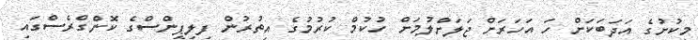
މިކުށުގެ އަދަބަކަށް ހަ އަހަރަށް ޖަލަށްލުމަށް ހުކުމް ކުރުމުގެ އިތުރުން ފިލިޕީންސްގެ ކޮންގްރެސްގައި